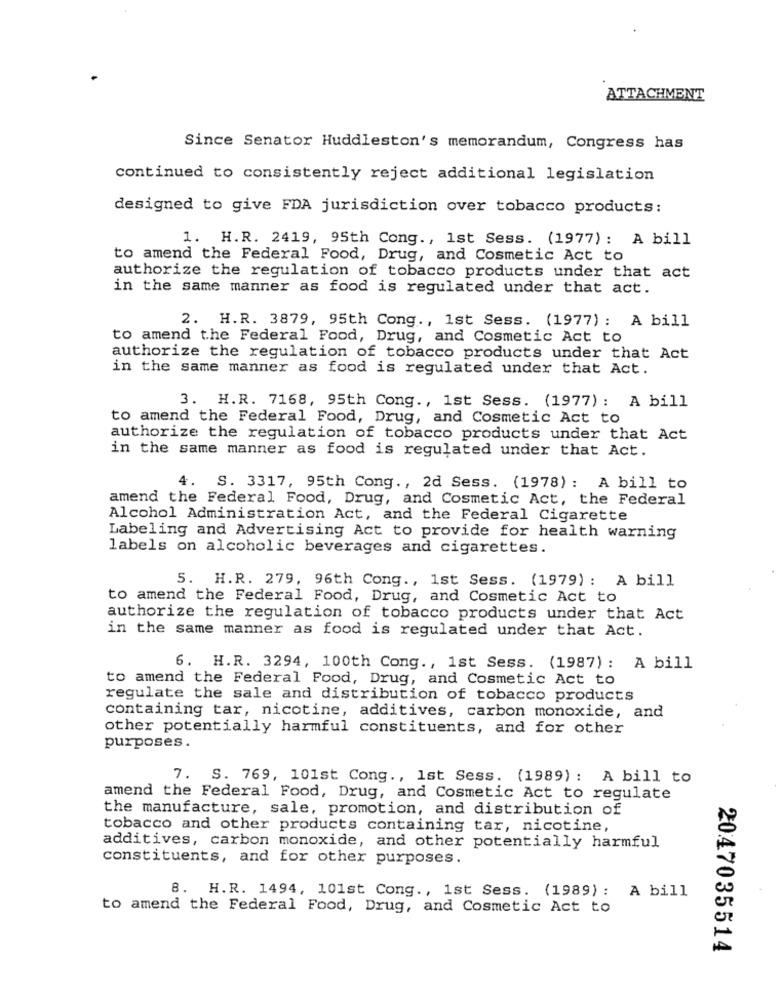
ATTACHMENT
Since Senator Huddleston's memorandum, Congress has
continued to consistently reject additional legislation
designed to give FDA jurisdiction over tobacco products:
1. H.R. 2419, 95th Cong ., 1st Sess. (1977) : A bill
to amend the Federal Food, Drug, and Cosmetic Act to
authorize the regulation of tobacco products under that act
in the same manner as food is regulated under that act.
2. H.R. 3879, 95th Cong ., 1st Sess. (1977) : A bill
to amend the Federal Food, Drug, and Cosmetic Act to
authorize the regulation of tobacco products under that Act
in the same manner as food is regulated under that Act.
3. H.R. 7168, 95th Cong ., 1st Sess. (1977) : A bill
to amend the Federal Food, Drug, and Cosmetic Act to
authorize the regulation of tobacco products under that Act
in the same manner as food is regulated under that Act.
4. S. 3317, 95th Cong ., 2d Sess. (1978) : A bill to
amend the Federal Food, Drug, and Cosmetic Act, the Federal
Alcohol Administration Act, and the Federal Cigarette
Labeling and Advertising Act to provide for health warning
labels on alcoholic beverages and cigarettes.
5. H.R. 279, 96th Cong ., 1st Sess. (1979) : A bill
to amend the Federal Food, Drug, and Cosmetic Act to
authorize the regulation of tobacco products under that Act
in the same manner as food is regulated under that Act.
6. H.R. 3294, 100th Cong ., 1st Sess. (1987): A bill
to amend the Federal Food, Drug, and Cosmetic Act to
regulate the sale and distribution of tobacco products
containing tar, nicotine, additives, carbon monoxide, and
other potentially harmful constituents, and for other
purposes.
7. S. 769, 101st Cong ., 1st Sess. (1989) : A bill to
amend the Federal Food, Drug, and Cosmetic Act to regulate
the manufacture, sale, promotion, and distribution of
tobacco and other products containing tar, nicotine,
additives, carbon monoxide, and other potentially harmful
constituents, and for other purposes.
8. H.R. 1494, 101st Cong ., 1st Sess. (1989): A bill
to amend the Federal Food, Drug, and Cosmetic Act to
2047035514